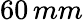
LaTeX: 60\, mm